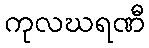
ကုလဃရဏီ